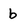
Character: b